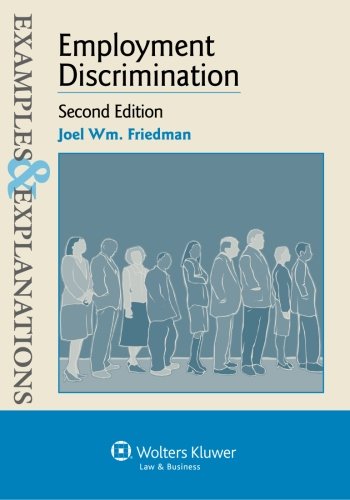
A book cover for Examples & Explanations: Employment Discrimination, Second Edition; Joel Wm. Friedman; Law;